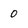
Character: 0